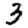
Digit: 3